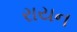
રાયન